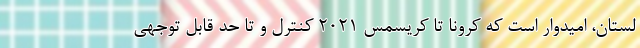
لستان، امیدوار است که کرونا تا کریسمس ۲۰۲۱ کنترل و تا حد قابل توجهی